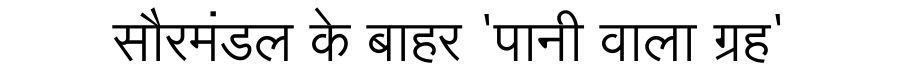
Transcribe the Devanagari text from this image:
सौरमंडल के बाहर 'पानी वाला ग्रह'